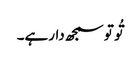
تُو تو سمجھ دارہے۔